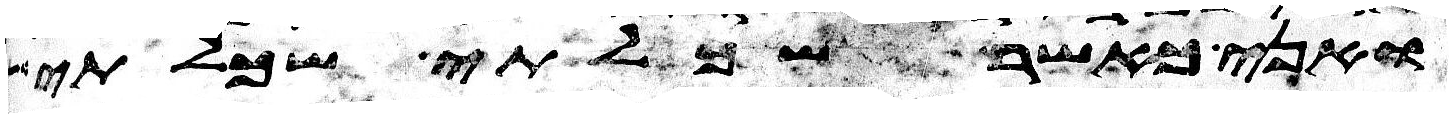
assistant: ואני כאשר שכלתי שכלתי